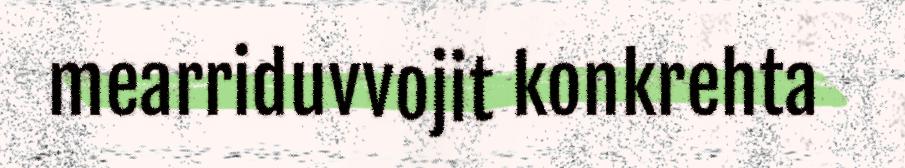
mearriduvvojit konkrehta